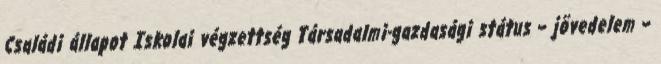
Családi állapot Iskolai végzettség Társadalmi-gazdasági státus – jövedelem –